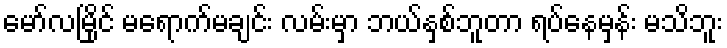
မော်လမြိုင် မရောက်မချင်း လမ်းမှာ ဘယ်နှစ်ဘူတာ ရပ်နေမှန်း မသိဘူး